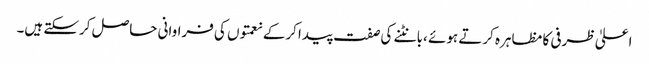
اعلیٰ ظرفی کا مظاہرہ کرتے ہوئے ،بانٹنے کی صفت پیدا کرکے نعمتوں کی فراوانی حاصل کرسکتے ہیں۔